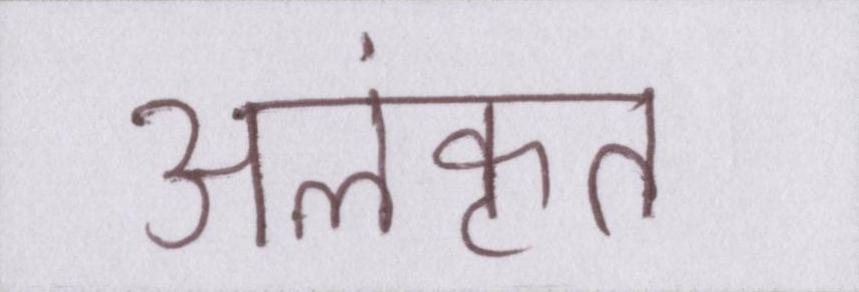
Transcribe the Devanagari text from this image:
अलंकृत